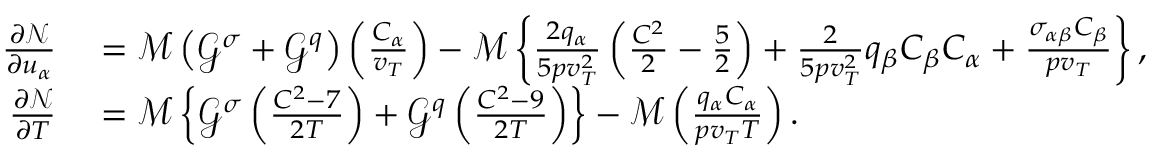
\begin{array} { r l } { \frac { \partial \mathcal { N } } { \partial u _ { \alpha } } } & { { } = \mathcal { M } \left( \mathcal { G } ^ { \sigma } + \mathcal { G } ^ { q } \right) \left( \frac { C _ { \alpha } } { v _ { T } } \right) - \mathcal { M } \left\{ \frac { 2 q _ { \alpha } } { 5 p v _ { T } ^ { 2 } } \left( \frac { C ^ { 2 } } { 2 } - \frac { 5 } { 2 } \right) + \frac { 2 } { 5 p v _ { T } ^ { 2 } } q _ { \beta } C _ { \beta } C _ { \alpha } + \frac { \sigma _ { \alpha \beta } C _ { \beta } } { p v _ { T } } \right\} , } \\ { \frac { \partial \mathcal { N } } { \partial T } } & { { } = \mathcal { M } \left\{ \mathcal { G } ^ { \sigma } \left( \frac { C ^ { 2 } - 7 } { 2 T } \right) + \mathcal { G } ^ { q } \left( \frac { C ^ { 2 } - 9 } { 2 T } \right) \right\} - \mathcal { M } \left( \frac { q _ { \alpha } C _ { \alpha } } { p v _ { T } T } \right) . } \end{array}